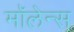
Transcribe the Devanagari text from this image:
मॉलेन्स